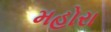
મહોરા